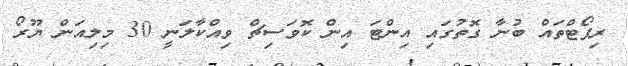
ރިޕޯޓްތައް ބުނާ ގޮތުގައި އިންޓަ އިން ކޮވަސިޗް ވިއްކާލަނީ 30 މިލިއަން ޔޫރޯ